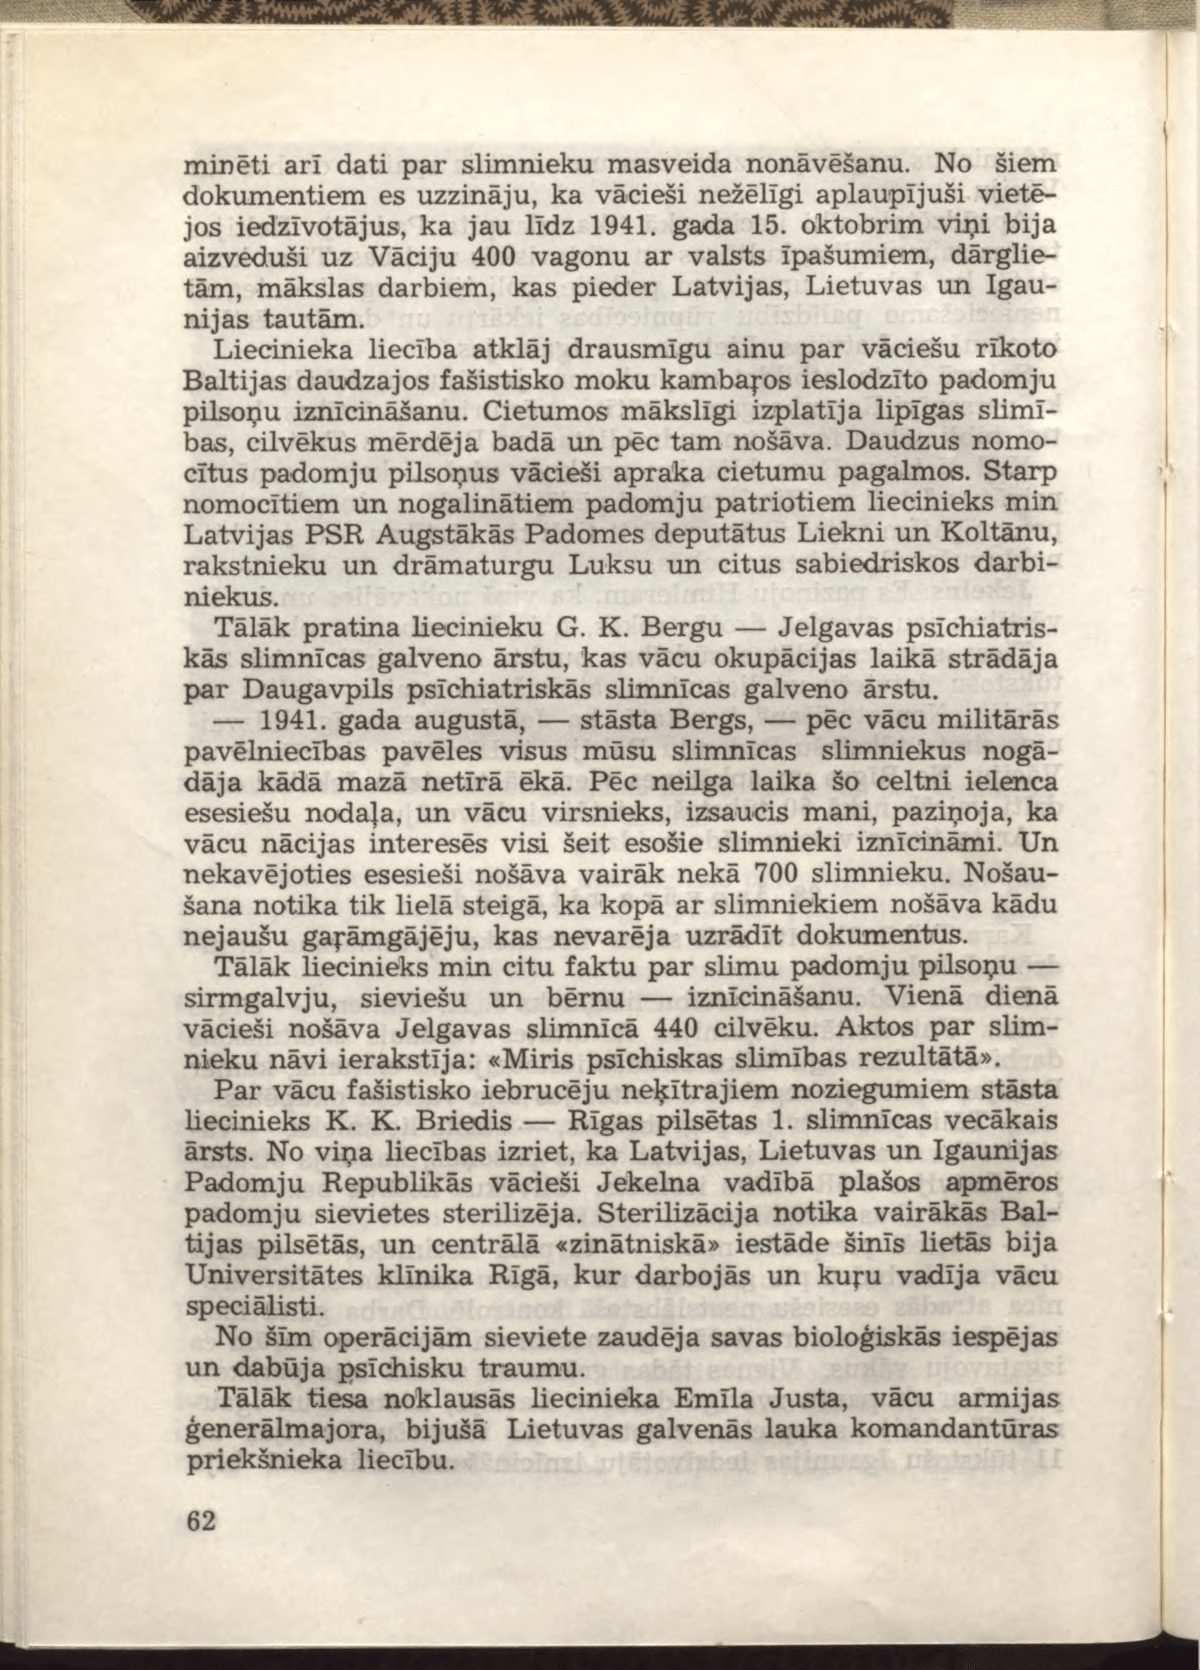
Language: lv